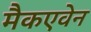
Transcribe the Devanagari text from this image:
मैकएवेन